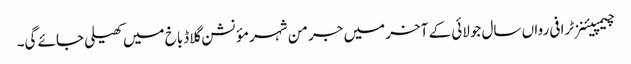
چیمپیئنز ٹرافی رواں سال جولائی کے آخر میں جرمن شہر مؤنشن گلاڈباخ میں کھیلی جائے گی۔